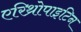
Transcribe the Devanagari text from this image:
एरिथ्रोपाइटिन